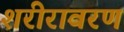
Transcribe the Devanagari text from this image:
शरीरावरण